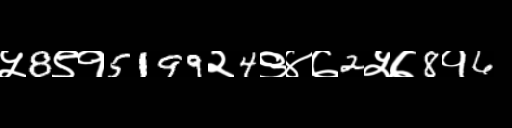
Text: ५8९१5199२4९४७2५७8१6